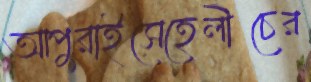
আপুরাইসেহেলীচের